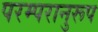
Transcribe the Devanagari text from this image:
परम्परानुरूप